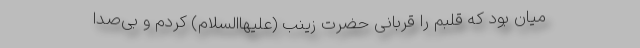
میان بود که قلبم را قربانی حضرت زینب (علیهاالسلام) کردم و بی‌صدا